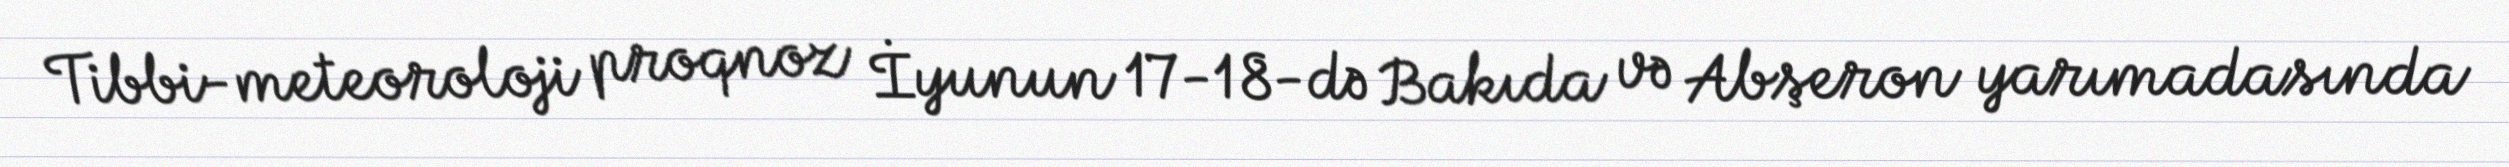
Tibbi-meteoroloji proqnoz İyunun 17-18-də Bakıda və Abşeron yarımadasında